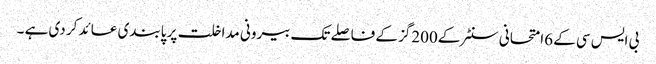
بی ایس سی کے 6امتحانی سنٹر کے 200گز کے فاصلے تک بیرونی مداخلت پر پابندی عائد کر دی ہے ۔